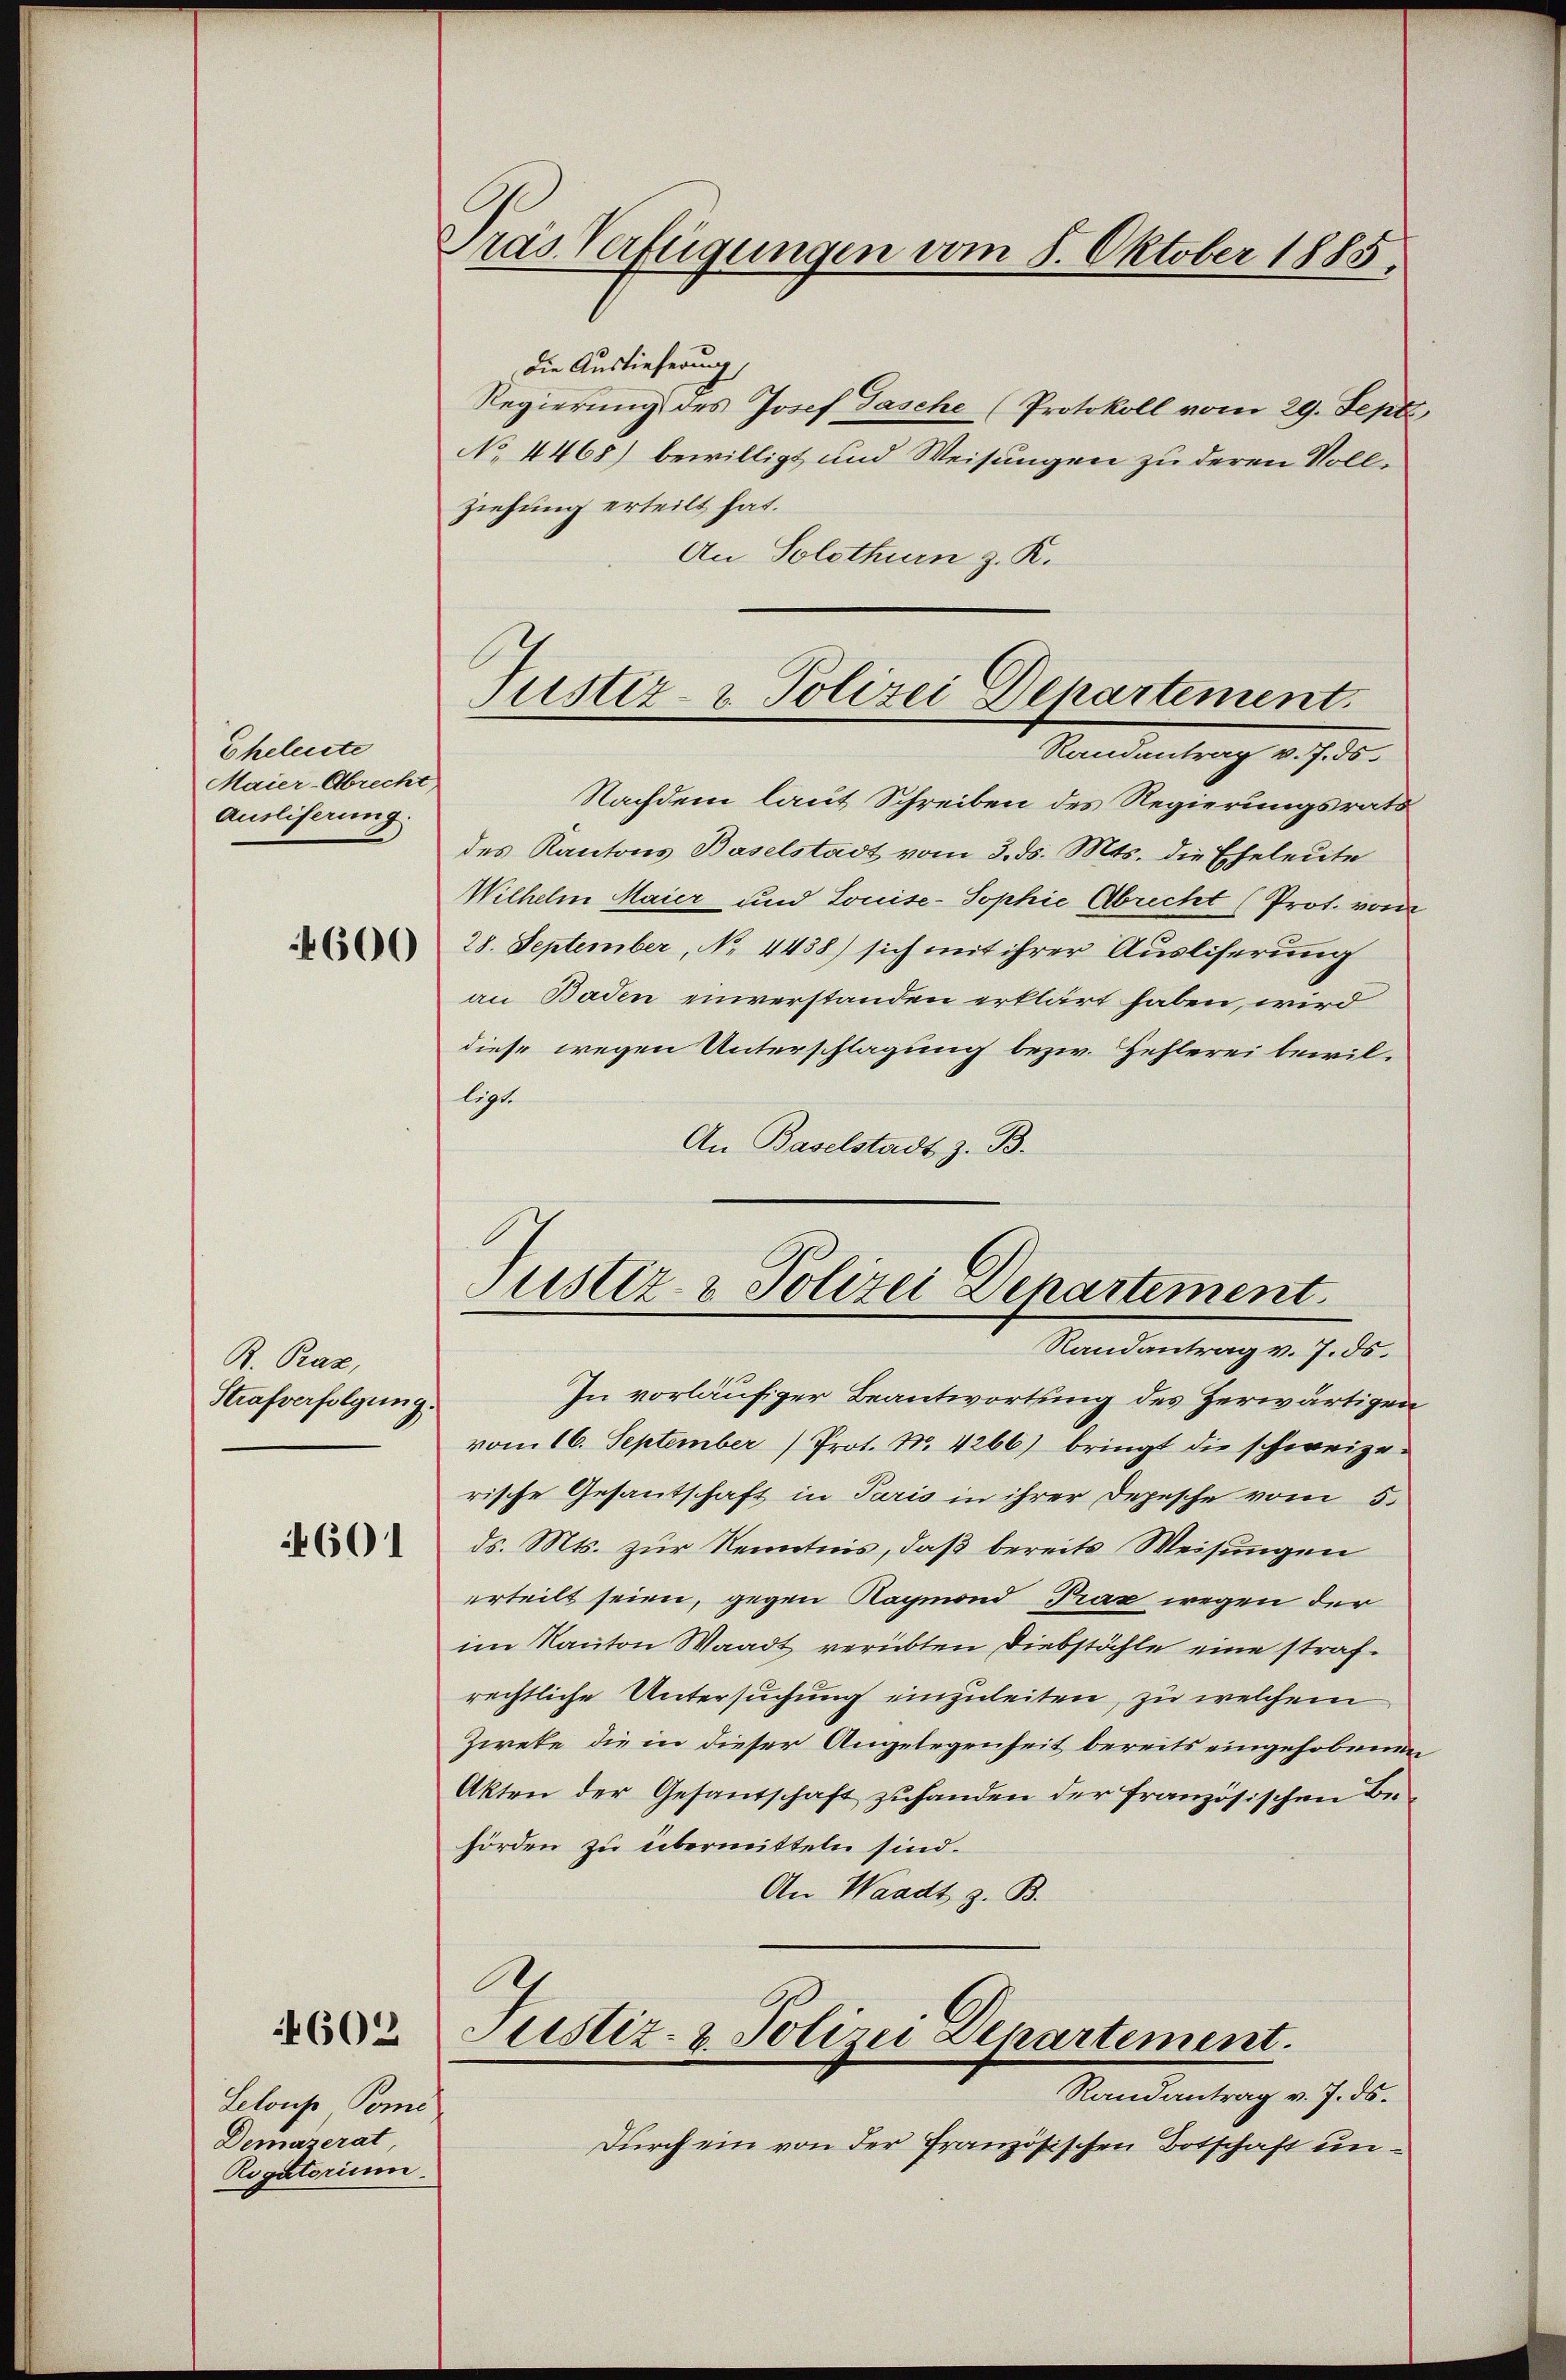
Eheleiste
Maier-Abrecht
Ausliferung.

4600

R. Praz,
Strafverfolgung.

4601

4602

Selous Tomi
Demazerat
Rogatorium.

Pras Verfügungen am 8. Oktober 1885.

Justiz- & Polizei Departement.
Randantrag v. J. ds.

Die Auslieferung
Regierung des Josef Tasche (Protokoll vom 29. Sept.
No 4468) bewilligt und Weisungen zu deren Vollziehung erteilt hat.
An Solothurn z. K.
Nachdem laut Schreiben des Regierungsrath
des Kantons Baselstadt vom 3. ds. Mts. die Eheleute
Wilhelm Maier und Louise-Sophie Abrecht (Prot. vom
28. September, No 4438) sich mit ihrer Ausliserung
an Baden einverstanden erklärt haben, wird
diese wegen Unterschlagung bezw. Hehlerei bewil-
ligt.
An Baselstadt z. B.
Justiz- & Polizei Departement.
Randantrag v. J. ds.
In vorläufiger Beantwortung des Herwärtigen
vom 16. September (Prot. Nr. 4266) bringt die schweizerische Gesantschaft in Paris in ihrer Depesche vom 5.
ds. Mts. zur Kenntnis, daß bereits Weisungen
erteilt seien, gegen Raymond Prax wegen der
im Kanton Waadt verübten Diebstähle eine strafrechtliche Untersuchung einzuleiten, zu welchem
Ziete, die in dieser Angelegenheit bereits eingehobenen
Akten der Gesandschaft zuhanden der französischen Behörden zu übermitteln sind.
An Waadt z. B.
A
Justiz- & Polini Departement.
Randantrag v. J. ds.
Durch ein von der Französischen Botschaft un¬